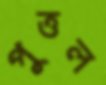
পুত্তল